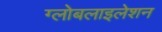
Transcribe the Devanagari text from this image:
ग्‍लोबलाइलेशन